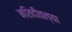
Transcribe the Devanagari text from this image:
मशिदीतल्या